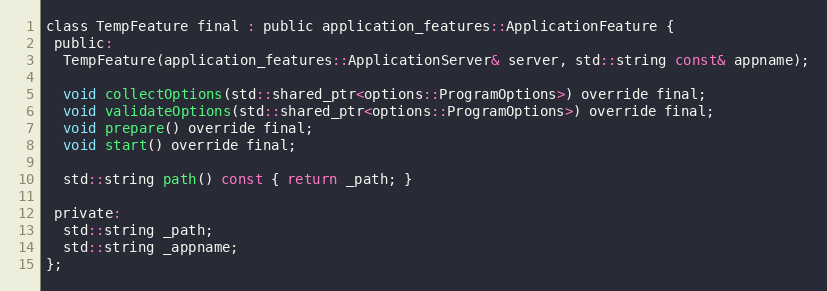
Language: C
class TempFeature final : public application_features::ApplicationFeature {
 public:
  TempFeature(application_features::ApplicationServer& server, std::string const& appname);

  void collectOptions(std::shared_ptr<options::ProgramOptions>) override final;
  void validateOptions(std::shared_ptr<options::ProgramOptions>) override final;
  void prepare() override final;
  void start() override final;

  std::string path() const { return _path; }

 private:
  std::string _path;
  std::string _appname;
};